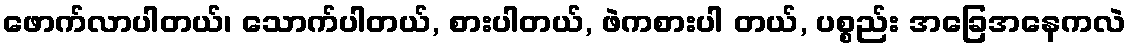
ဖောက်လာပါတယ်၊ သောက်ပါတယ်, စားပါတယ်, ဖဲကစားပါ တယ်, ပစ္စည်း အခြေအနေကလဲ